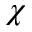
\chi